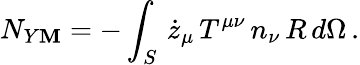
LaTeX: N_{Y\mathbf{M}}=-\int_{S}\, \dot{{z}}_{\mu}\, T^{\mu\nu}\, n_{\nu}\, R\, d\Omega\, .